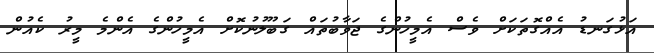
އަޅުގަނޑު އެއްގޮތަކަށް ވެސް އެމީހުންގެ ޖަވާބުތައް ގަބޫލުނުކޮށް އެމީހުންގެ އެންމެ މީރު ކެއުން